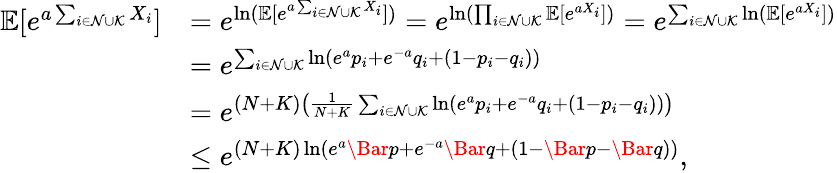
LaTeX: \begin{array}{rl}{\mathbb{E}[e^{a\sum_{i\in\mathcal{N}\cup\mathcal{K}}X_{i}}]}&{=e^{\ln(\mathbb{E}[e^{a\sum_{i\in\mathcal{N}\cup\mathcal{K}}X_{i}}])}=e^{\ln(\prod_{i\in\mathcal{N}\cup\mathcal{K}}\mathbb{E}[e^{aX_{i}}])}=e^{\sum_{i\in\mathcal{N}\cup\mathcal{K}}\ln(\mathbb{E}[e^{aX_{i}}])}}\\ &{=e^{\sum_{i\in\mathcal{N}\cup\mathcal{K}}\ln(e^{a}p_{i}+e^{-a}q_{i}+(1-p_{i}-q_{i}))}}\\ &{=e^{(N+K)\left(\frac{1}{N+K}\sum_{i\in\mathcal{N}\cup\mathcal{K}}\ln(e^{a}p_{i}+e^{-a}q_{i}+(1-p_{i}-q_{i}))\right)}}\\ &{\leq e^{(N+K)\ln(e^{a}\Bar{p}+e^{-a}\Bar{q}+(1-\Bar{p}-\Bar{q}))},}\end{array}